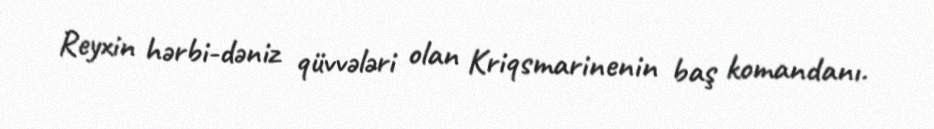
Reyxin hərbi-dəniz qüvvələri olan Kriqsmarinenin baş komandanı.